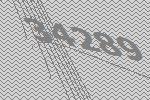
34289